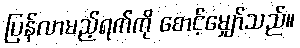
ပြန်လာမည့်ရက်ကို စောင့်မျှော်သည်။